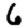
Digit: 6